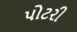
પોટરી